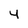
Character: 4